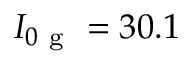
I _ { 0 \mathrm { ~ g ~ } } = 3 0 . 1